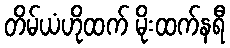
တိမ်ယံဟိုထက် မိုးထက်နရီ